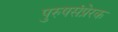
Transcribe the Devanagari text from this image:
पुरुषसंप्रेरक